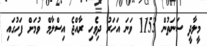
މީލާދީ ސަނަތުން 1153 ވަނަ އަހަރު ދިވެހި ރާއްޖެ އިސްލާމް ވުމަށް ފަހުގައި